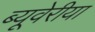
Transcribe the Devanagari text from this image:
ब्‍यूवेरीया